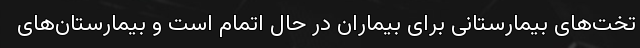
تخت‌های بیمارستانی برای بیماران در حال اتمام است و بیمارستان‌های